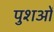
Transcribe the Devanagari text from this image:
पुशओं